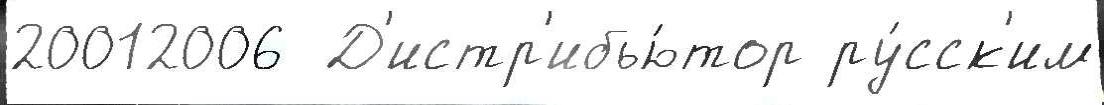
20012006  Д'истр'ибью́тор ру́сск'им